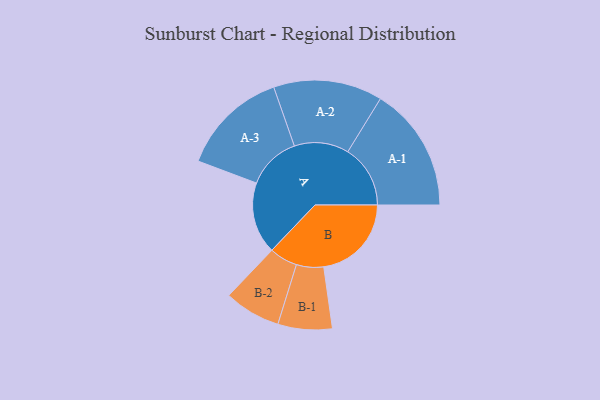
{"axis": {"x": "Segment", "y": "Value"}, "legend": ["", "A", "B"], "data": [{"x": "A", "y": 330, "type": ""}, {"x": "B", "y": 404, "type": ""}, {"x": "A-1", "y": 288, "type": "A"}, {"x": "A-2", "y": 251, "type": "A"}, {"x": "A-3", "y": 247, "type": "A"}, {"x": "B-1", "y": 125, "type": "B"}, {"x": "B-2", "y": 130, "type": "B"}]}